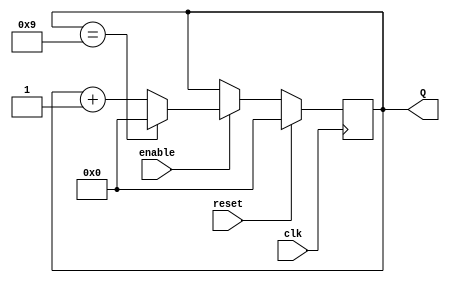
module bcdcount (
	input clk,
	input reset,
	input enable,
	output reg [3:0] Q
);

always @(posedge clk) begin
	if (reset) begin
		Q <= 4'b0000; // Reset the counter to 0
	end else if (enable) begin
		if (Q == 4'b1001) // If counter is 9 (BCD limit)
			Q <= 4'b0000; // Reset to 0
		else
			Q <= Q + 1; // Increment counter
	end
end

endmodule